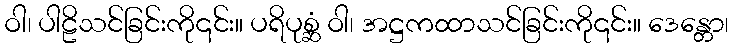
ဝါ၊ ပါဠိသင်ခြင်းကို၎င်း။ ပရိပုစ္ဆံ ဝါ၊ အဋ္ဌကထာသင်ခြင်းကို၎င်း။ ဒေန္တော၊